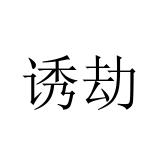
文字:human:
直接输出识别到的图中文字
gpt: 诱劫